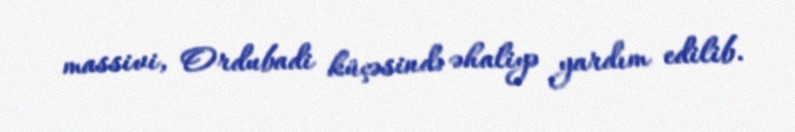
massivi, Ordubadi küçəsində əhaliyə yardım edilib.